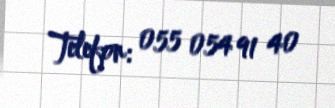
Telefon: 055 054 91 40